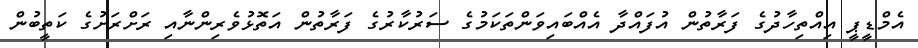
އެމްޑީޕީ އިއްތިހާދުގެ ފަރާތުން އުފައްދާ އެއްބައިވަންތަކަމުގެ ސަރުކާރުގެ ފަރާތުން އަތޮޅުވެރިންނާއި ރަށްރަށުގެ ކަތީބުން